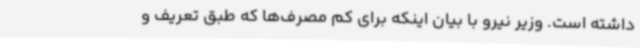
داشته است. وزیر نیرو با بیان اینکه برای کم مصرف‌ها که طبق تعریف و